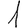
Digit: 1